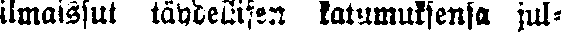
ilmaissut täydellisen katumuksensa jul-